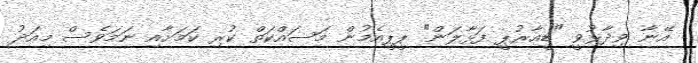
އޭނާ ވިދާޅުވީ "ޑީއާރުޕީ ފަޅާލަން" ޕީޕީއެމުން މަސައްކަތް ކުރި ކަމަށާއި ނަމަވެސް މިއަދު